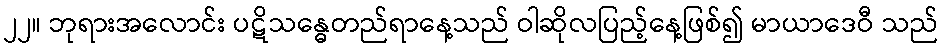
၂၂။ ဘုရားအလောင်း ပဋိသန္ဓေတည်ရာနေ့သည် ဝါဆိုလပြည့်နေ့ဖြစ်၍ မာယာဒေဝီ သည်